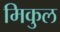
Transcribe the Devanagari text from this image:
मिकुल